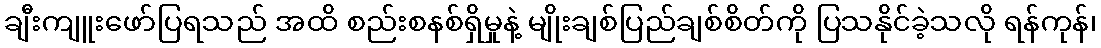
ချီးကျူးဖော်ပြရသည် အထိ စည်းစနစ်ရှိမှုနဲ့ မျိုးချစ်ပြည်ချစ်စိတ်ကို ပြသနိုင်ခဲ့သလို ရန်ကုန်၊